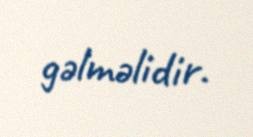
gəlməlidir.